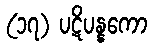
(၁၇) ပဋိပန္နကော